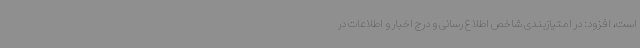
است، افزود: در امتیازبندی شاخص اطلاع رسانی و درج اخبار و اطلاعات در